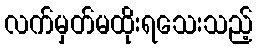
လက်မှတ်မထိုးရသေးသည့်